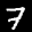
Label: 7